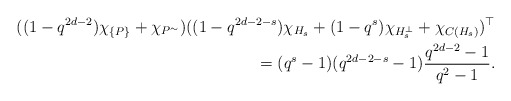
\begin{align*} ((1-q^{2d-2}) \chi_{\{P\}} + \chi_{P^\sim}) ((1-q^{2d-2-s}) \chi_{H_s} + (1-q^{s}) \chi_{H_s^\perp} + \chi_{C(H_s)})^\top \\ = (q^s-1)(q^{2d-2-s}-1)\frac{q^{2d-2}-1}{q^2-1}. \end{align*}